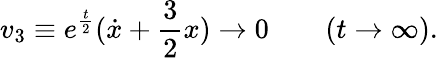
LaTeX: v_{3}\equiv e^{\frac{t}{2}}({\dot{x}}+{\frac{3}{2}}x)\rightarrow 0\qquad(t\rightarrow\infty).